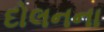
દોલનના